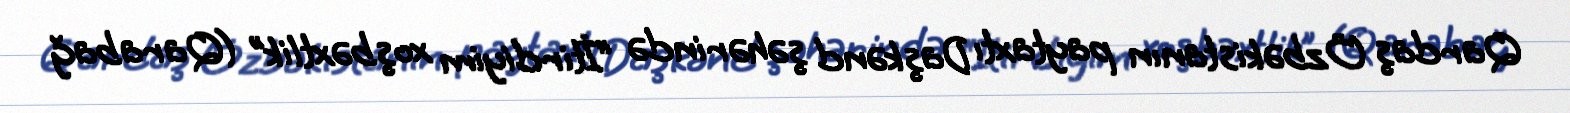
Qardaş Özbəkistanın paytaxtı Daşkənd şəhərində “İtirdiyim xoşbəxtlik” (Qarabağ